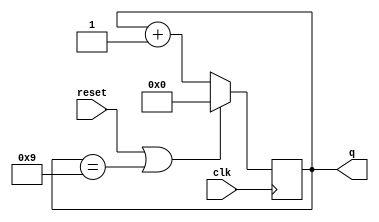
module top_module(
	input clk,
	input reset,
	output reg [3:0] q);
	
	always @(posedge clk)
		if (reset || q == 9)	// Count to 10 requires rolling over 9->0 instead of the more natural 15->0
			q <= 0;
		else
			q <= q+1;
	
endmodule